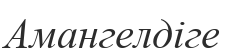
Амангелдіге